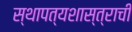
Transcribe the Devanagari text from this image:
स्थापत्यशास्त्राची